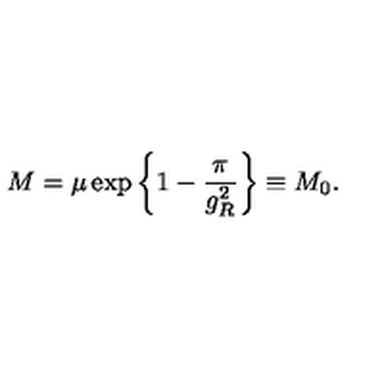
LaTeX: M = \mu \exp \left\{ 1 - \frac { \pi } { g _ { R } ^ { 2 } } \right\} \equiv M _ { 0 } .